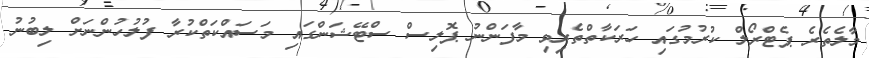
މާލެތެރެ ޕެޓްރޯލް ކުރުމުގައި ހަރަކާތްތެރިވި މާފަންނު ޕޮލިސް ސްޓޭޝަންގައި މަސައްކަތްކުރާ ފުލުހުންނަށް ލިބުނު